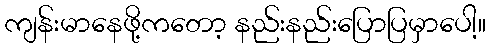
ကျန်းမာနေဖို့ကတော့ နည်းနည်းပြောပြမှာပေါ့။